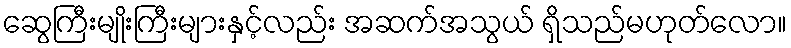
ဆွေကြီးမျိုးကြီးများနှင့်လည်း အဆက်အသွယ် ရှိသည်မဟုတ်လော။